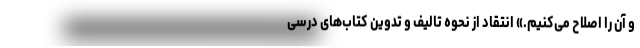
و آن را اصلاح می‌کنیم.» انتقاد از نحوه تالیف و تدوین کتاب‌های درسی